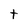
Character: t